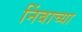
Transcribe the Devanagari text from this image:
निंबाच्या